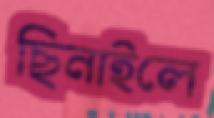
ছিনাইলে